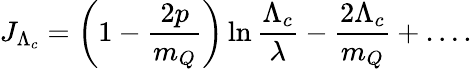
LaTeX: J_{\Lambda_{c}}=\left(1-\frac{2p}{m_{Q}}\right)\ln\frac{\Lambda_{c}}{\lambda}-\frac{2\Lambda_{c}}{m_{Q}}+\ldots.